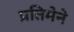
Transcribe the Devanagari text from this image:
प्रतिमेने